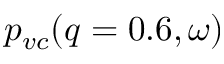
p _ { v c } ( q = 0 . 6 , \omega )